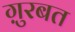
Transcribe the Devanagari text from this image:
ग़ुरबत